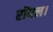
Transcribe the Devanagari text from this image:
रॉयल।